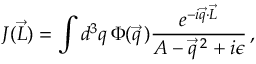
J ( \vec { L } ) = \int d ^ { 3 } q \, \Phi ( \vec { q } \, ) \frac { e ^ { - i \vec { q } \cdot \vec { L } } } { A - \vec { q } \, ^ { 2 } + i \epsilon } \, ,